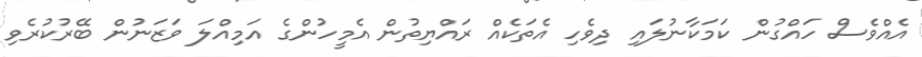
އެއްވެސް ހައްގުން ކަމަކާނުލައި ދިވެހި އެތަކެއް ރައްޔިތުން އެމީހުންގެ އަމިއްލަ ވަޒަނުން ބޭރުކުރެވި